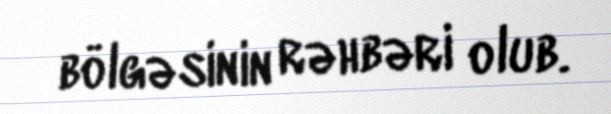
bölgəsinin rəhbəri olub.